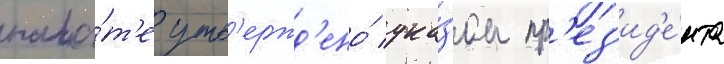
пала́т'е утв'ержд'ено́ ука́зом пр'ез'ид'е́нта